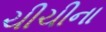
ચીચીના